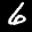
Label: 6